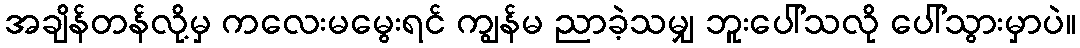
အချိန်တန်လို့မှ ကလေးမမွေးရင် ကျွန်မ ညာခဲ့သမျှ ဘူးပေါ်သလို ပေါ်သွားမှာပဲ။